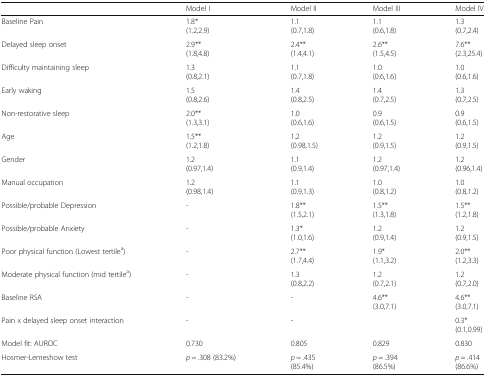
|  | Model I | Model II | Model III | Model IV |
 | --- | --- | --- | --- | --- |
 | Baseline Pain | 1.8*(1.2,2.9) | 1.1(0.7,1.8) | 1.1(0.6,1.8) | 1.3(0.7,2.4) |
 | Delayed sleep onset | 2.9**(1.8,4.8) | 2.4**(1.4,4.1) | 2.6**(1.5,4.5) | 7.6**(2.3,25.4) |
 | Difficulty maintaining sleep | 1.3(0.8,2.1) | 1.1(0.7,1.8) | 1.0(0.6,1.6) | 1.0(0.6,1.6) |
 | Early waking | 1.5(0.8,2.6) | 1.4(0.8,2.5) | 1.4(0.7,2.5) | 1.3(0.7,2.5) |
 | Non-restorative sleep | 2.0**(1.3,3.1) | 1.0(0.6,1.6) | 0.9(0.6,1.5) | 0.9(0.6,1.5) |
 | Age | 1.5**(1.2,1.8) | 1.2(0.98,1.5) | 1.2(0.9,1.5) | 1.2(0.9,1.5) |
 | Gender | 1.2(0.97,1.4) | 1.1(0.9,1.4) | 1.2(0.97,1.4) | 1.2(0.96,1.4) |
 | Manual occupation | 1.2(0.98,1.4) | 1.1(0.9,1.3) | 1.0(0.8,1.2) | 1.0(0.8,1.2) |
 | Possible/probable Depression | - | 1.8**(1.5,2.1) | 1.5**(1.3,1.8) | 1.5**(1.2,1.8) |
 | Possible/probable Anxiety | - | 1.3*(1.0,1.6) | 1.2(0.9,1.4) | 1.2(0.9,1.5) |
 | Poor physical function (Lowest tertilea) | - | 2.7**(1.7,4.4) | 1.9*(1.1,3.2) | 2.0**(1.2,3.3) |
 | Moderate physical function (mid tertilea) | - | 1.3(0.8,2.2) | 1.2(0.7,2.1) | 1.2(0.7,2.0) |
 | Baseline RSA | - | - | 4.6**(3.0,7.1) | 4.6**(3.0,7.1) |
 | Pain x delayed sleep onset interaction | - | - |  | 0.3*(0.1,0.99) |
 | Model fit: AUROC | 0.730 | 0.805 | 0.829 | 0.830 |
 | Hosmer-Lemeshow test | p = .308 (83.2%) | p = .435(85.4%) | p = .394(86.5%) | p = .414(86.6%) |